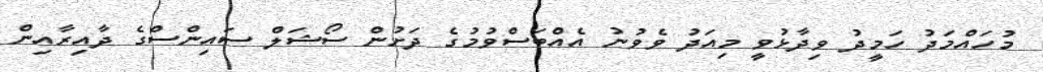
މުހައްމަދު ހަމީދު ވިދާޅުވީ މިއަދު ވެވުނު އެއްބަސްވުމުގެ ދަށުން ސޯޝަލް ސައިންސްގެ ދާއިރާއިން